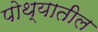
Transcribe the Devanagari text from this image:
पोथ्यातील